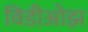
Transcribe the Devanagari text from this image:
विडीओझ